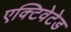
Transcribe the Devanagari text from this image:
एक्टिवेटेड